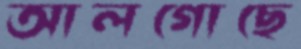
আলগোছে